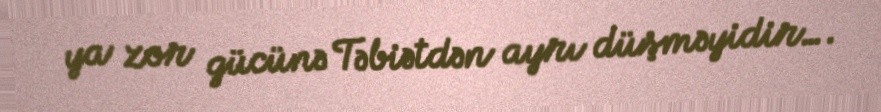
ya zor gücünə Təbiətdən ayrı düşməyidir….